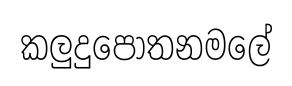
කලුදුපොතනමලේ